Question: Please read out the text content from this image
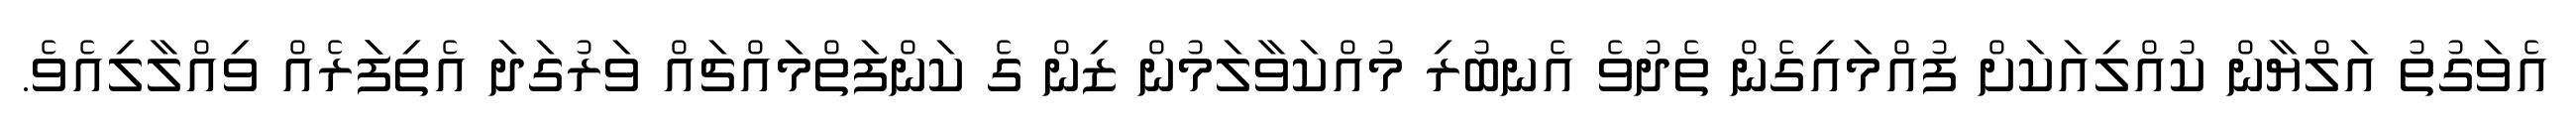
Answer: އެވަގުތު އަލްޔާން ކުއްލިއަކަށް ފުއްމައިގެން ތެދުވެ އެނބުރި މުއްކަވާލަމުން ޒިން ގެ ކަންފަތްމައްޗައް ވަރުގަދަ އެތިފަަރެއް ވިއްލާލިއެވެ.